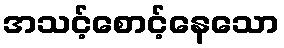
အသင့်စောင့်နေသော